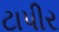
ટાપીર